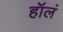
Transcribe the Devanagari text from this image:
हॉलं